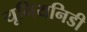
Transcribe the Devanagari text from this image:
यूनियनिडी